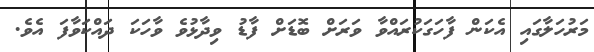
މަރުހަލާގައި އެކަން ފާހަގަކުރައްވާ ވަރަށް ބޮޑަށް ފާޑު ވިދާޅުވެ ވާހަކަ ދައްކަވާފަ އެވެ.